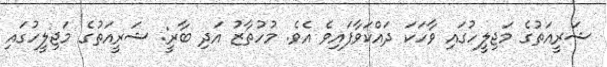
ޝަރީއަތުގެ މަޖިލީހުގައި ވާހަކަ ދައްކަވާފައިވެ އެވެ. މުހުތާޒު އަދި ބާރީ: ޝަރީއަތުގެ މަޖިލީހުގައި